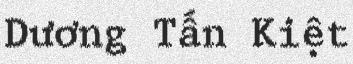
Dương Tấn Kiệt